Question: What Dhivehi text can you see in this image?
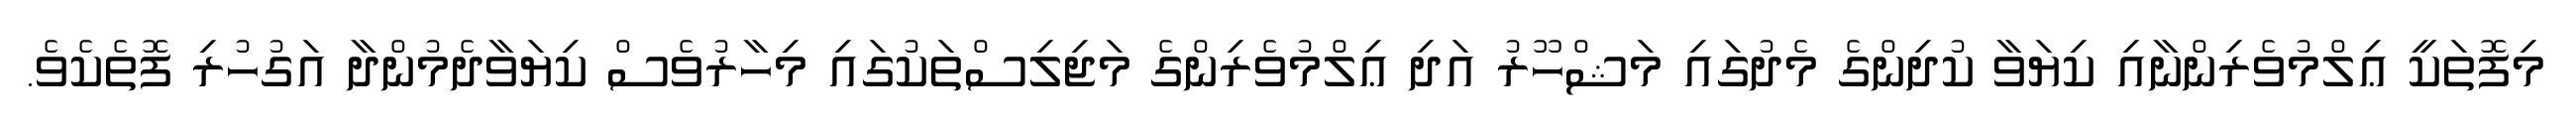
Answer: މިފޮތަކީ ޢިލްމުވެރިންނާއި ކިޔަވާ ކުދިންގެ މެދުގައި މަޝްހޫރު އަދި ޢިލްމުވެރިންގެ މަޖިލިސްތަކުގައި މިހާރުވެސް ކިޔަވާދެމުންދާ އަގުހުރި ފޮތެކެވެ.